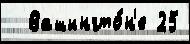
  Вашингто́н'е 25